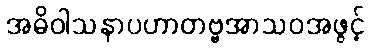
အဓိဝါသနာပဟာတဗ္ဗအာသဝအဖွင့်